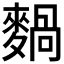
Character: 𪍌